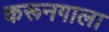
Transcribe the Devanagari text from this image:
करूनगाला